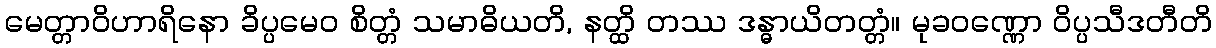
မေတ္တာဝိဟာရိနော ခိပ္ပမေဝ စိတ္တံ သမာဓိယတိ, နတ္ထိ တဿ ဒန္ဓာယိတတ္တံ။ မုခဝဏ္ဏော ဝိပ္ပသီဒတီတိ